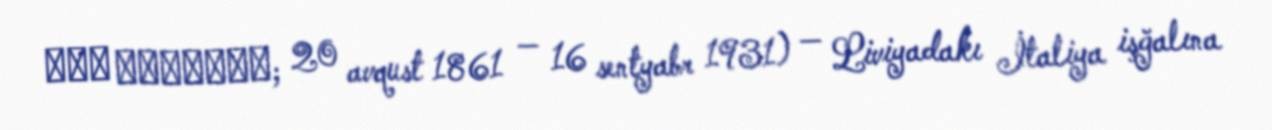
عمر المختار; 20 avqust 1861 — 16 sentyabr 1931) — Liviyadakı İtaliya işğalına